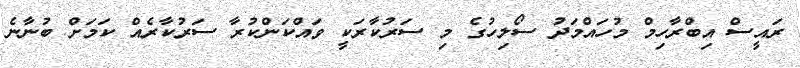
ރައީސް އިބްރާހިމް މުހައްމަދު ސޯލިހުގެ މި ސަރުކާރަކީ ވައްކަންކުރާ ސަރުކާރެއް ކަަމަށް ބުނާނެ